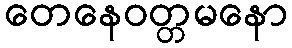
တေနေဝတ္တမနော